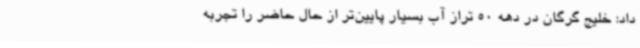
داد: خلیج گرگان در دهه 50 تراز آب بسیار پایین‌تر از حال حاضر را تجربه